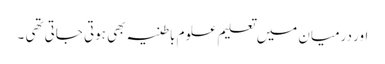
اور درمیان میں تعلیم علوم باطنیہ بھی ہوتی جاتی تھی ۔